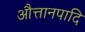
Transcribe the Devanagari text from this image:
औत्तानपादि